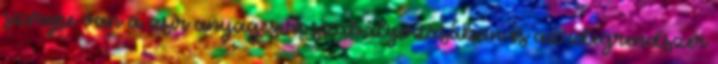
szerepe van a zsír anyagcsere szabályozásában és az idegrendszer